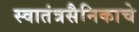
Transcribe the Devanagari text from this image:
स्वातंत्रसैनिकाचे